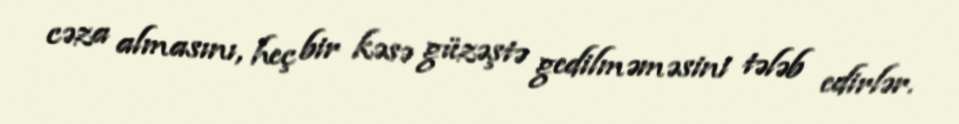
cəza almasını, heç bir kəsə güzəştə gedilməməsini tələb edirlər.